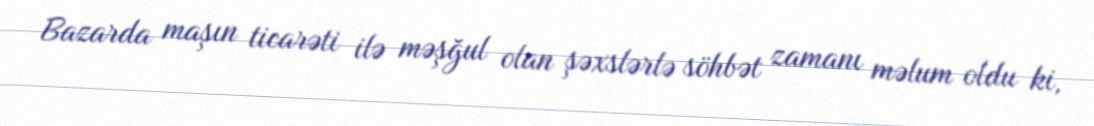
Bazarda maşın ticarəti ilə məşğul olan şəxslərlə söhbət zamanı məlum oldu ki,